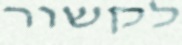
לקשור